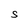
Character: S